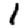
Digit: 1